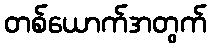
တစ်ယောက်အတွက်